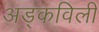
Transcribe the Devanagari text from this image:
अड्कविली